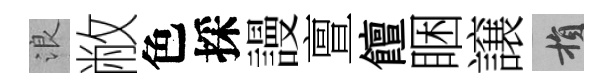
浪敝色採謾亶饘睏譲損